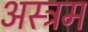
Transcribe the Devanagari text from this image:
अस्त्रम